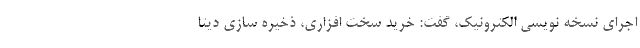
اجرای نسخه نویسی الکترونیک، گفت: خرید سخت افزاری، ذخیره سازی دیتا